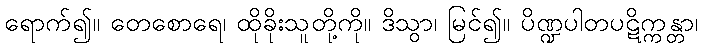
ရောက်၍။ တေစောရေ၊ ထိုခိုးသူတို့ကို။ ဒိသွာ၊ မြင်၍။ ပိဏ္ဍပါတပဋိက္ကန္တာ၊